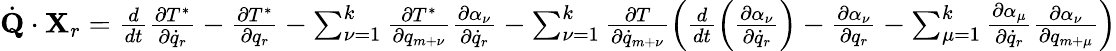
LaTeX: \begin{array}{l}{{\dot{\mathbf Q}}\cdot{\mathbf X}_{r}=\frac{d}{dt}\frac{\partial T^{*}}{\partial{\dot{q}}_{r}}-\frac{\partial T^{*}}{\partial q_{r}}-\sum_{\nu=1}^{k}\frac{\partial T^{*}}{\partial q_{m+\nu}}\frac{\partial\alpha_{\nu}}{\partial{\dot{q}_{r}}}-\sum_{\nu=1}^{k}\frac{\partial T}{\partial{\dot{q}}_{m+\nu}}\left(\frac{d}{dt}\left(\frac{\partial\alpha_{\nu}}{\partial{\dot{q}}_{r}}\right)-\frac{\partial\alpha_{\nu}}{\partial q_{r}}-\sum_{\mu=1}^{k}\frac{\partial\alpha_{\mu}}{\partial{\dot{q}}_{r}}\frac{\partial\alpha_{\nu}}{\partial q_{m+\mu}}\right)}\end{array}